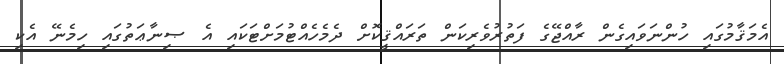
އެމަޤާމުގައި ހުންނަވައިގެން ރާއްޖޭގެ ފަތުރުވެރިކަން ތަރައްޤީކޮށް ދެމެހެއްޓުމަށްޓަކައި އެ ޞިނާޢަތުގައި ހިމެނޭ އެކި